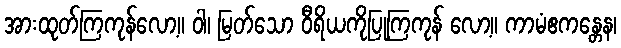
အားထုတ်ကြကုန်လော့။ ဝါ၊ မြတ်သော ဝီရိယကိုပြုကြကုန် လော့။ ကာမံဧကန္တေန၊